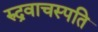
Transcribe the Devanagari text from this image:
रुद्रवाचस्पति